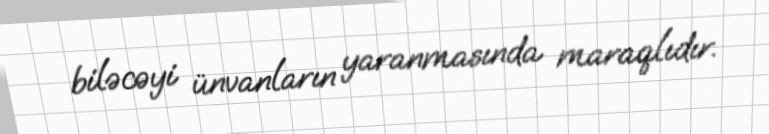
biləcəyi ünvanların yaranmasında maraqlıdır.